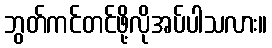
ဘွတ်ကင်တင်ဖို့လိုအပ်ပါသလား။